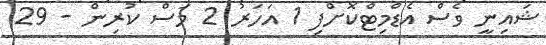
ޝައިނީ ވެސް އެޑްމިޓްކޮށްފި 1 އަހަރު 2 މަސް ކުރިން - 29